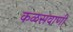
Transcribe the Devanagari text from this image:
कळसवाणी